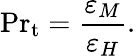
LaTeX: \mathrm{Pr}_{\mathrm{t}}={\frac{\varepsilon_{M}}{\varepsilon_{H}}}.